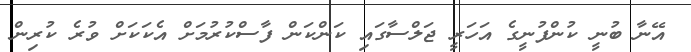
އޭނާ ބުނީ ކުންފުނީގެ އަހަރީ ޖަލްސާގައި ކަންކަން ފާސްކުރުމަށް އެކަކަށް ވުރެ ކުރިން